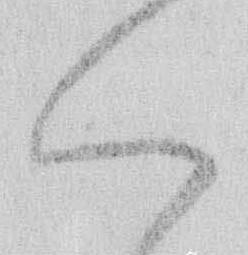
く